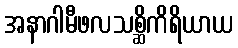
အနာဂါမီဖလသစ္ဆိကိရိယာယ